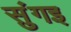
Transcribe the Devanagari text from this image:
सुंगइ